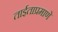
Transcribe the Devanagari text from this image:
ताईताप्रमाणे